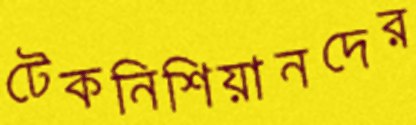
টেকনিশিয়ানদের